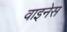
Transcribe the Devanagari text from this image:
वाइनेस